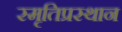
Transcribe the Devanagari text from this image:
स्मृतिप्रस्थान